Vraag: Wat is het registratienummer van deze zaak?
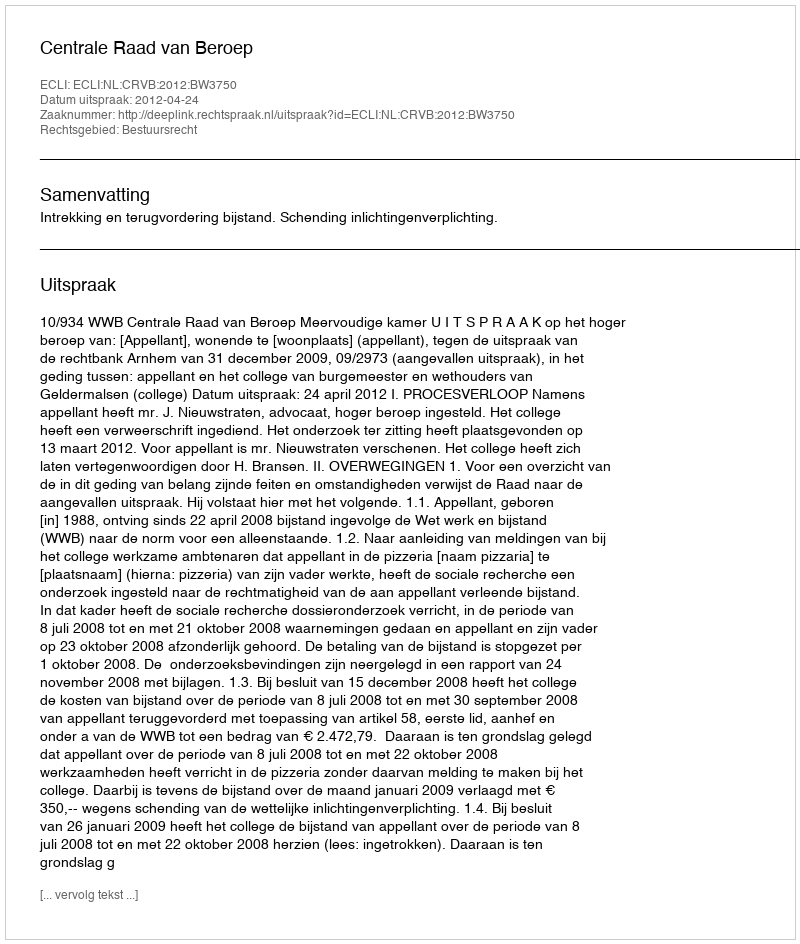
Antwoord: http://deeplink.rechtspraak.nl/uitspraak?id=ECLI:NL:CRVB:2012:BW3750